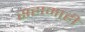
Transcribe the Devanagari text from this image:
सहामाही